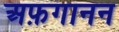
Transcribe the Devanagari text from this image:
अफ़गानन